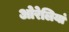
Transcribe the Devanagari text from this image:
ओरेलियां